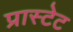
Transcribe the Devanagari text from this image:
प्रास्टेट